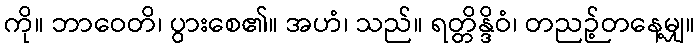
ကို။ ဘာဝေတိ၊ ပွားစေ၏။ အဟံ၊ သည်။ ရတ္တိန္ဒိဝံ၊ တညဉ့်တနေ့မျှ။